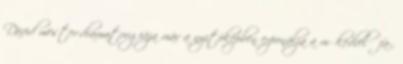
Dávid mester-dramaturgiája már a nyitóképben exponálja a műkedvelő fa-,